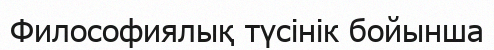
Философиялық түсінік бойынша